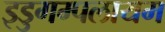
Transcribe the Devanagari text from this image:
इडुगम्पलायम